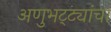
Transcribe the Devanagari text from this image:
अणुभट्ट्यांचा